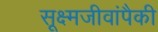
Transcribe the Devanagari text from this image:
सूक्ष्मजीवांपैकी